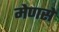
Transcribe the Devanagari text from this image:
मेणसे